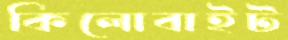
কিলোবাইট